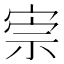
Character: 𡨫